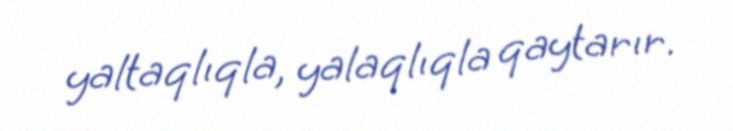
yaltaqlıqla, yalaqlıqla qaytarır.